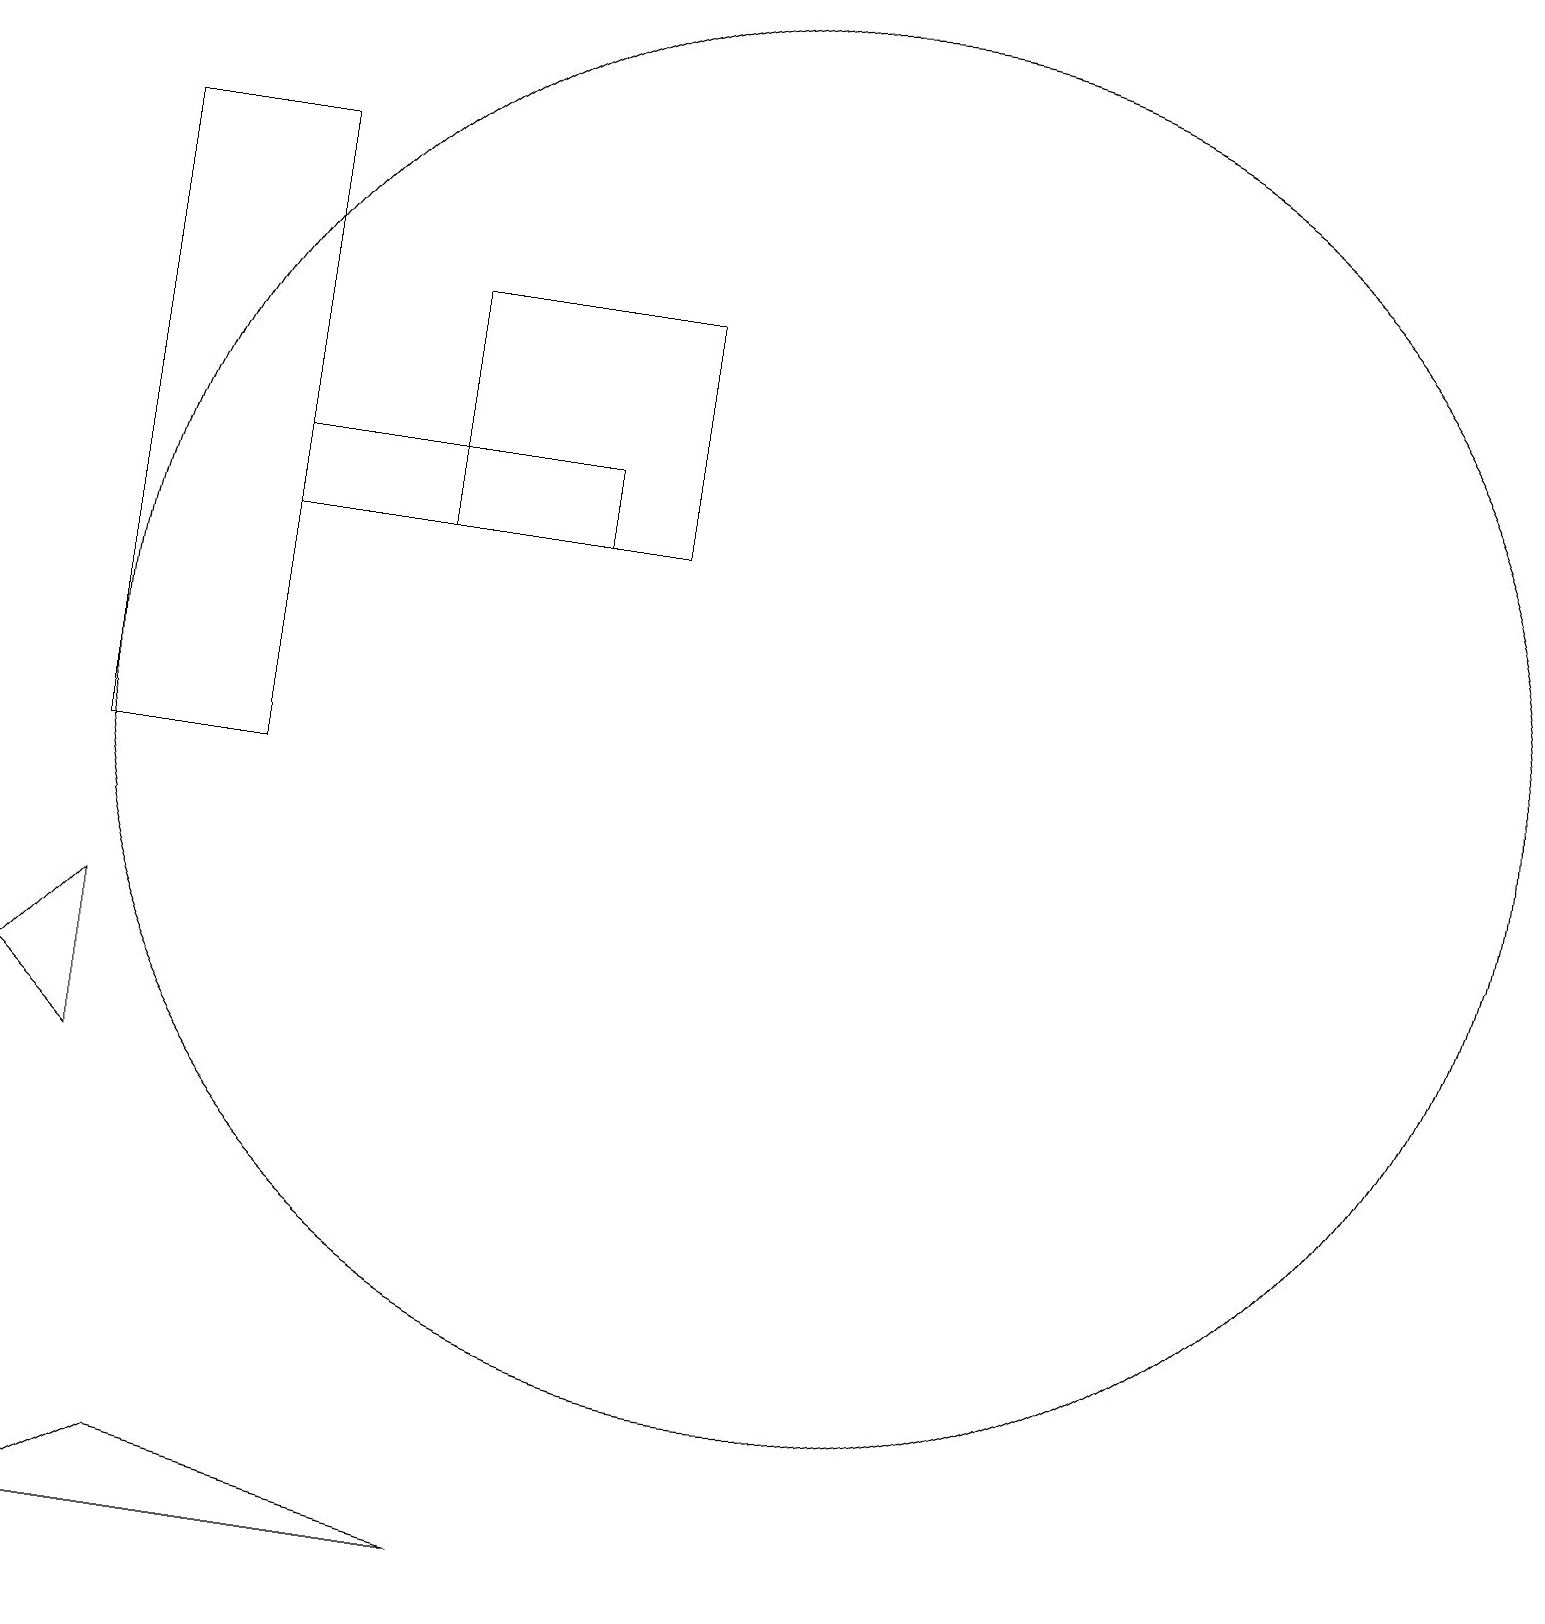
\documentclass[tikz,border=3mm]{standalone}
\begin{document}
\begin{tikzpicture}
\draw (2,8) -- (2,6) -- (1,7) -- cycle;
\draw (4,13) rectangle (8,14);
\draw (9,16) rectangle (6,13);
\draw (7,0) -- (3,1) -- (1,0) -- cycle;
\draw (11,11) circle (9);
\draw (4,10) rectangle (2,18);
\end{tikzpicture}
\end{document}